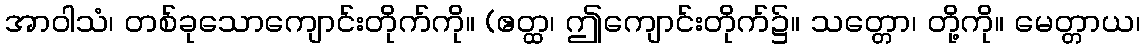
အာဝါသံ၊ တစ်ခုသောကျောင်းတိုက်ကို။ (ဧတ္ထ၊ ဤကျောင်းတိုက်၌။ သတ္တော၊ တို့ကို။ မေတ္တာယ၊